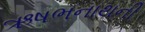
ઋષભનાથની